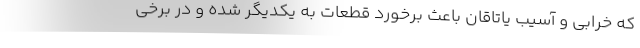
که خرابی و آسیب یاتاقان باعث برخورد قطعات به یکدیگر شده و در برخی